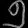
Digit: ၅